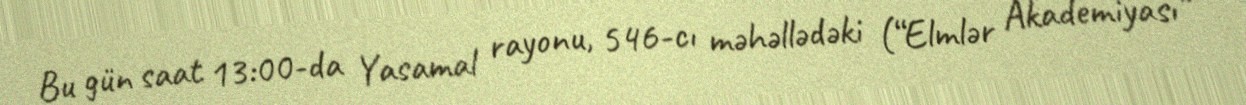
Bu gün saat 13:00-da Yasamal rayonu, 546-cı məhəllədəki (“Elmlər Akademiyası”